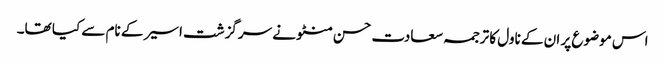
اس موضوع پر ان کے ناول کا ترجمہ سعادت حسن منٹو نے سرگزشت اسیر کے نام سے کیا تھا۔